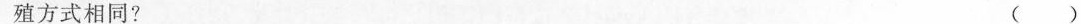
殖方式相同? ( )